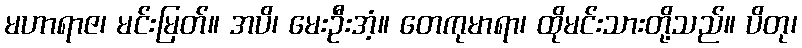
မဟာရာဇ၊ မင်းမြတ်။ အပိ၊ မေးဦးအံ့။ တေကုမာရာ၊ ထိုမင်းသားတို့သည်။ ပိတု၊